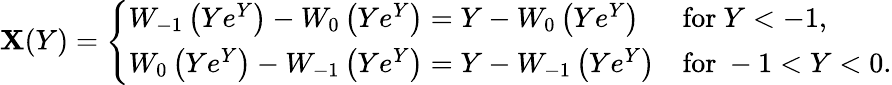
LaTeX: \mathbf{X}(Y)={\left\{ \begin{array}{ll}{W_{-1}\left(Ye^{Y}\right)-W_{0}\left(Ye^{Y}\right)=Y-W_{0}\left(Ye^{Y}\right)}&{{\mathrm{for~}}Y<-1,}\\ {W_{0}\left(Ye^{Y}\right)-W_{-1}\left(Ye^{Y}\right)=Y-W_{-1}\left(Ye^{Y}\right)}&{{\mathrm{for~}}-1<Y<0.}\end{array}\right.}